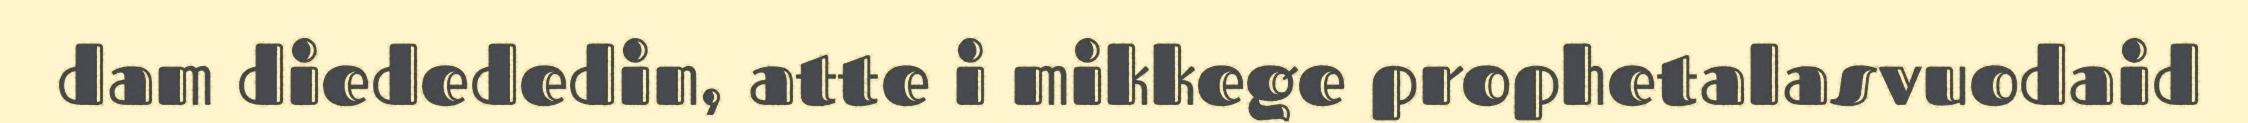
dam diedededin, atte i mikkege prophetalasvuodaid